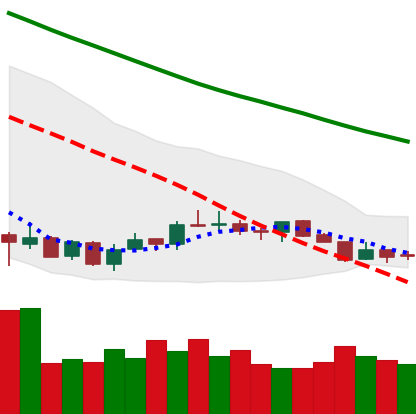
Ticker: LTC-USD
Chart end date: 2018-07-13
Forward return: 13.022%
Label: up_7plus